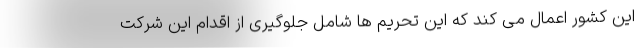
این کشور اعمال می کند که این تحریم ها شامل جلوگیری از اقدام این شرکت